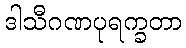
ဒါသီဂဏပုရက္ခတာ